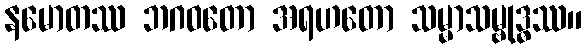
နမောတဿ ဘဂဝတော အရဟတော သမ္မာသမ္ဗုဒ္ဓဿ။